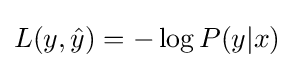
L(y,{\hat {y}})=-\log P(y|x)